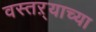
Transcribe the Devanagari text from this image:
वस्तऱ्याच्या